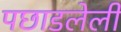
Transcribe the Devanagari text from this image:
पछाडलेली